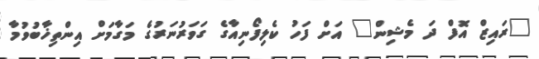
"ރައިޒް އޮފް ދަ މެޝިން" އަށް ފަހު ކެލިފޯނިއާގެ ގަވަރުނަރުގެ މަގާމަށް އިންތިޚާބުވުމާ